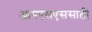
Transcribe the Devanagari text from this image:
आयएसएससाठी